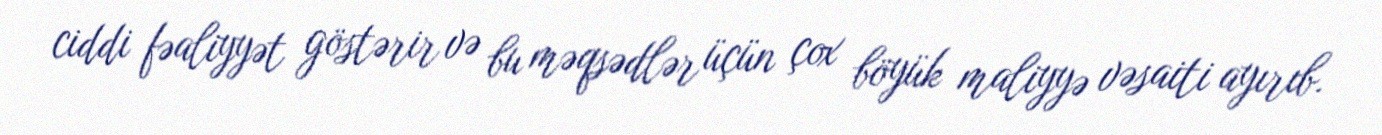
ciddi fəaliyyət göstərir və bu məqsədlər üçün çox böyük maliyyə vəsaiti ayırıb.